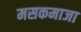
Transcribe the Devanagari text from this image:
मसकमाजा